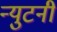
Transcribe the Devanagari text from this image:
न्युटनी